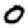
Digit: 0